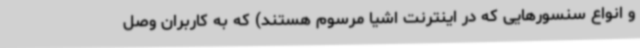
و انواع سنسورهایی که در اینترنت اشیا مرسوم هستند) که به کاربران وصل